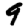
Digit: 9